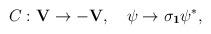
LaTeX: \begin{align*}C: \bf{V} \to -\bf{V}, \quad \psi \to {\sigma}_{1}{\psi}^{*},\end{align*}